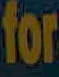
for